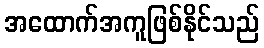
အထောက်အကူဖြစ်နိုင်သည်